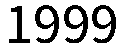
1999